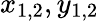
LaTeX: x_{1,2},y_{1,2}